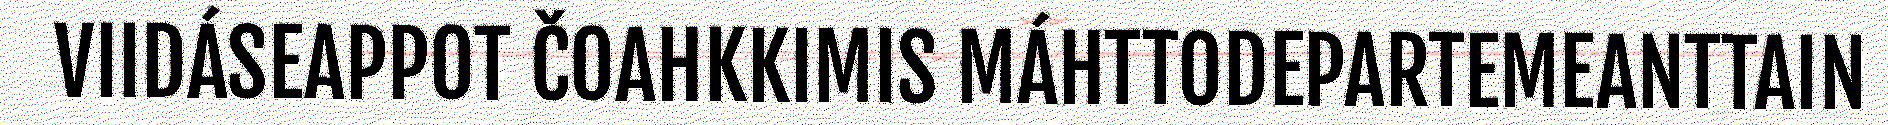
VIIDÁSEAPPOT ČOAHKKIMIS MÁHTTODEPARTEMEANTTAIN